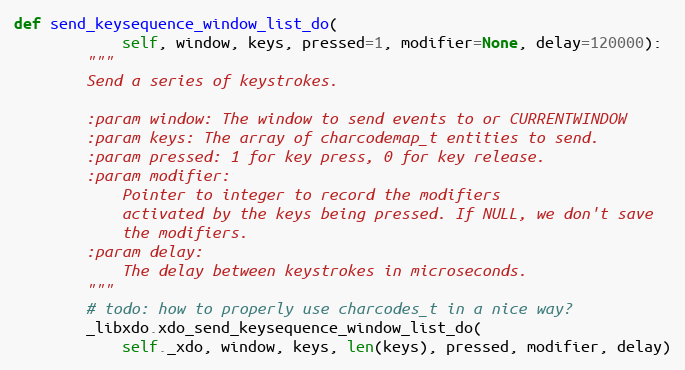
Language: Python
def send_keysequence_window_list_do(
            self, window, keys, pressed=1, modifier=None, delay=120000):
        """
        Send a series of keystrokes.

        :param window: The window to send events to or CURRENTWINDOW
        :param keys: The array of charcodemap_t entities to send.
        :param pressed: 1 for key press, 0 for key release.
        :param modifier:
            Pointer to integer to record the modifiers
            activated by the keys being pressed. If NULL, we don't save
            the modifiers.
        :param delay:
            The delay between keystrokes in microseconds.
        """
        # todo: how to properly use charcodes_t in a nice way?
        _libxdo.xdo_send_keysequence_window_list_do(
            self._xdo, window, keys, len(keys), pressed, modifier, delay)